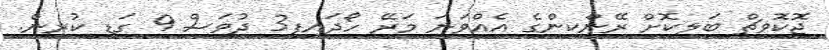
ޖޮކޮވިޗް ބަލިކޮށް ރޭންކިންގެ އެއްވަނަ މަރޭ ހޯދައިފި3 ދުވަސް 9 ގަޑި ކުރިން.